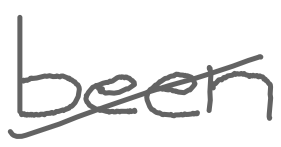
Text: been
Cross-out: diagonal
Writing tool: digital_gray